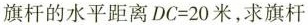
旗杆的水平距离$$DC=20米$$，求旗杆